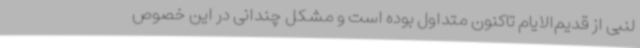
لنبی از قدیم‌الایام تاکنون متداول بوده است و مشکل چندانی در این خصوص